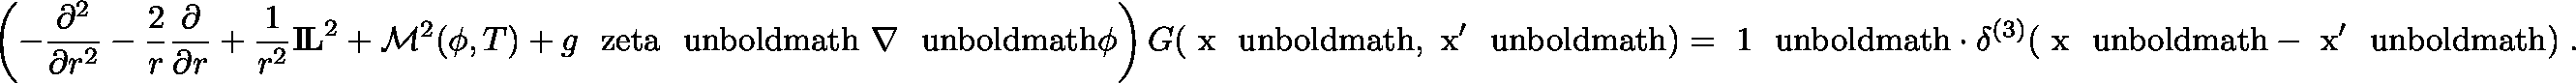
\left( - \frac { \partial ^ { 2 } } { \partial r ^ { 2 } } - \frac { 2 } { r } \frac { \partial } { \partial r } + \frac { 1 } { r ^ { 2 } } { \bf I \! L } ^ { 2 } + { \cal M } ^ { 2 } ( \phi , T ) + g \mathrm { \boldmath ~ \ z e t a ~ \ u n b o l d m a t h } \mathrm { \boldmath ~ \nabla ~ \ u n b o l d m a t h } \phi \right) G ( \mathrm { \boldmath ~ x ~ \ u n b o l d m a t h } , \mathrm { \boldmath ~ x ^ { \prime } ~ \ u n b o l d m a t h } ) = \mathrm { \boldmath ~ 1 ~ \ u n b o l d m a t h } \cdot \delta ^ { ( 3 ) } ( \mathrm { \boldmath ~ x ~ \ u n b o l d m a t h } - \mathrm { \boldmath ~ x ^ { \prime } ~ \ u n b o l d m a t h } ) \; .